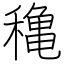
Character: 穐